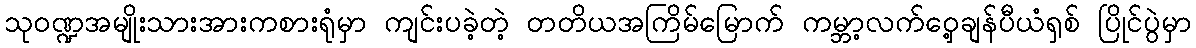
သုဝဏ္ဍအမျိုးသားအားကစားရုံမှာ ကျင်းပခဲ့တဲ့ တတိယအကြိမ်မြောက် ကမ္ဘာ့လက်ဝှေ့ချန်ပီယံရှစ် ပြိုင်ပွဲမှာ